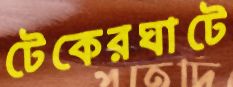
টেকেরঘাটে